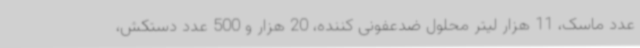
عدد ماسک، 11 هزار لیتر محلول ضدعفونی کننده، 20 هزار و 500 عدد دستکش،